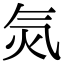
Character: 𣱛